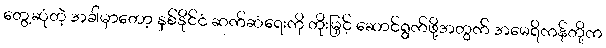
တွေ့ဆုံတဲ့ အခါမှာတော့ နှစ်နိုင်ငံ ဆက်ဆံရေးကို တိုးမြှင့် ဆောင်ရွက်ဖို့အတွက် အမေရိကန်တို့က